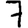
Digit: 7